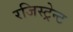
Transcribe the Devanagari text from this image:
रजिस्ट्रेन्ट